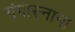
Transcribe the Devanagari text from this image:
गंगास्नाना